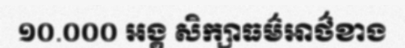
១០.០០០ អង្គ សិក្សាធម៌អាថ៌ខាង